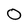
Character: 0